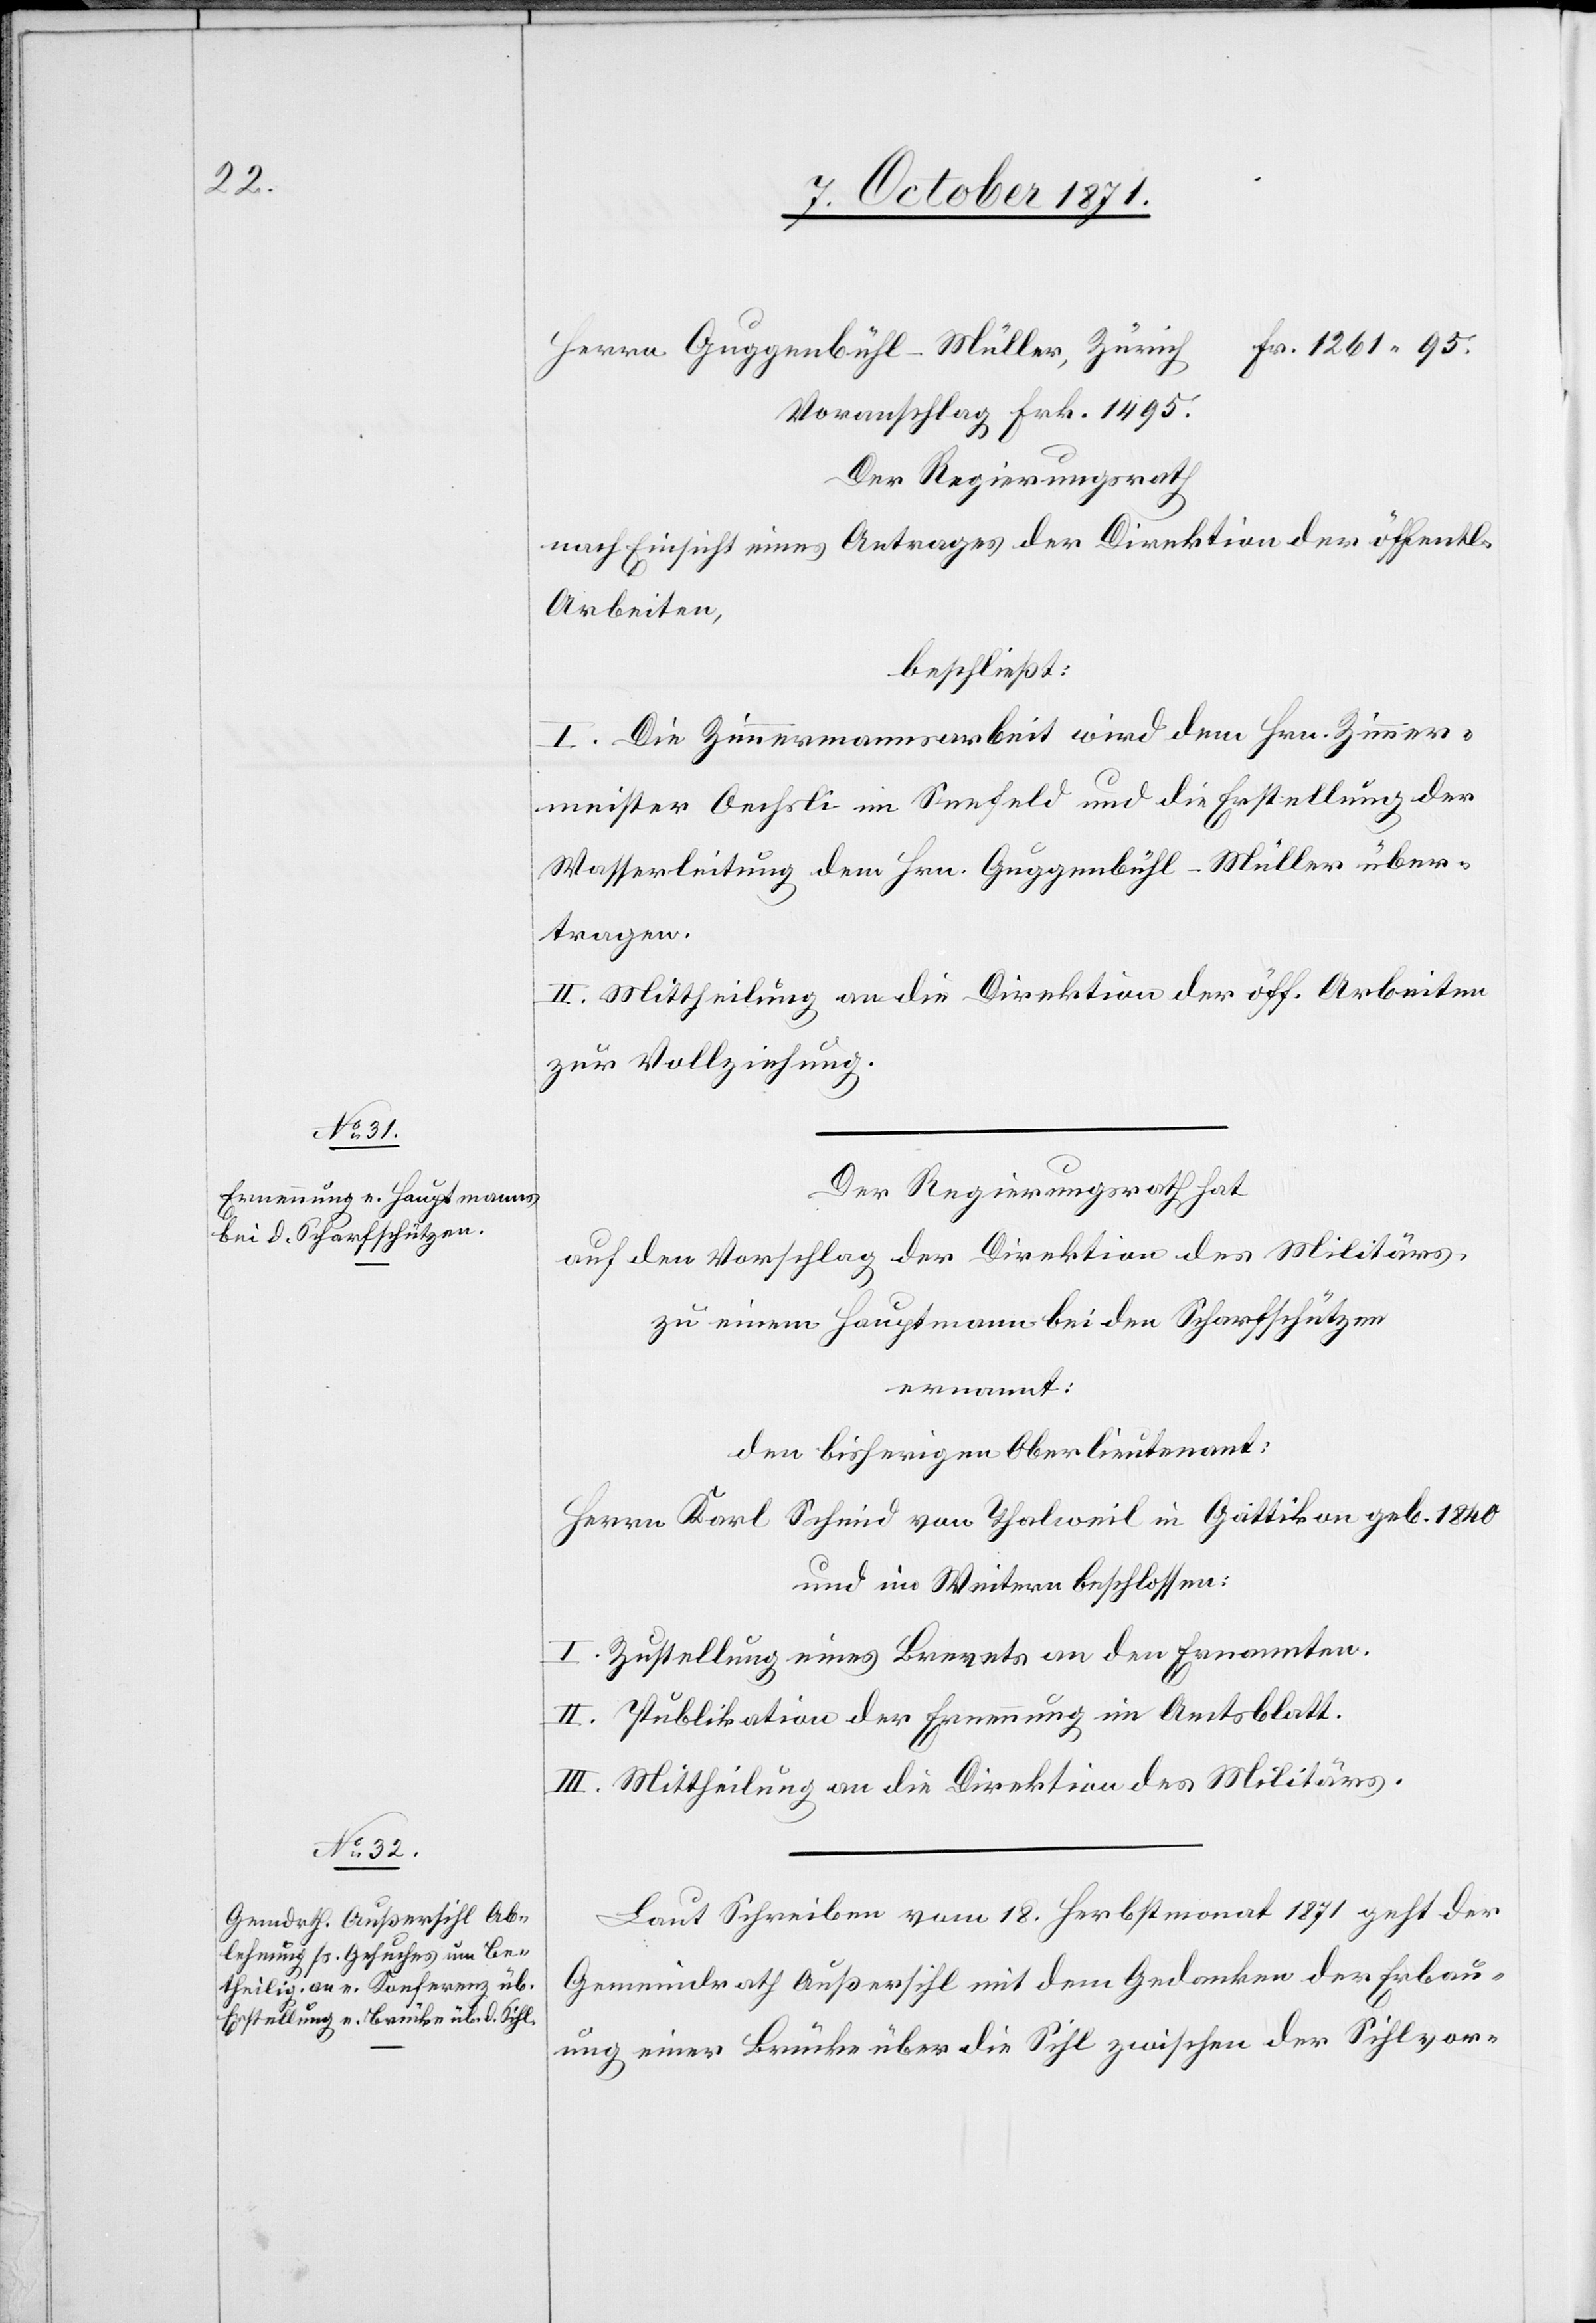
Voranschlag Frk. 1495
Der Regierungsrath
nach Einsicht eines Antrages der Direktion der öffentli.
Arbeiten,
beschließt:
I. Die Zimmermannsarbeit wird dem Hrn. Zimmer¬
meister Oechsli im Seefeld und die Erstellung der
Wasserleitung dem Hrn. Guggenbühl-Müller über¬
tragen.
II. Mittheilung an die Direktion der öff. Arbeiten
zur Vollziehung.
Der Regierungsrath hat
auf den Vorschlag der Direktion des Militärs
zu einem Hauptmann bei den Scharfschützen
ernannt:
den bisherigen Oberlieutenant:
Herrn Karl Schmied von Thalweil in Gattikon geb. 1840
und im Weitern beschlossen:
I. Zustellung eines Brevets an den Ernannten.
II. Publikation der Ernennung im Amtsblatt.
III. Mittheilung an die Direktion des Militärs.
Laut Schreiben vom 18. Herbstmonat 1871 geht der
Gemeindrath Außersihl mit dem Gedanken der Erbau¬
ung einer Brücke über die Sihl zwischen der Sihlvor-